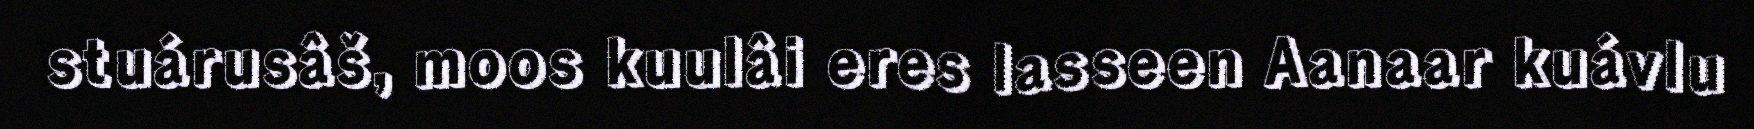
stuárusâš, moos kuulâi eres lasseen Aanaar kuávlu